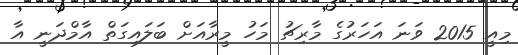
މިއީ 2015 ވަނަ އަހަރުގެ މާރިޗު މަހު މީރާއަށް ބަލައިގަތް އާމްދަނީ އާ